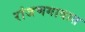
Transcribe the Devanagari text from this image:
रांजणगावात